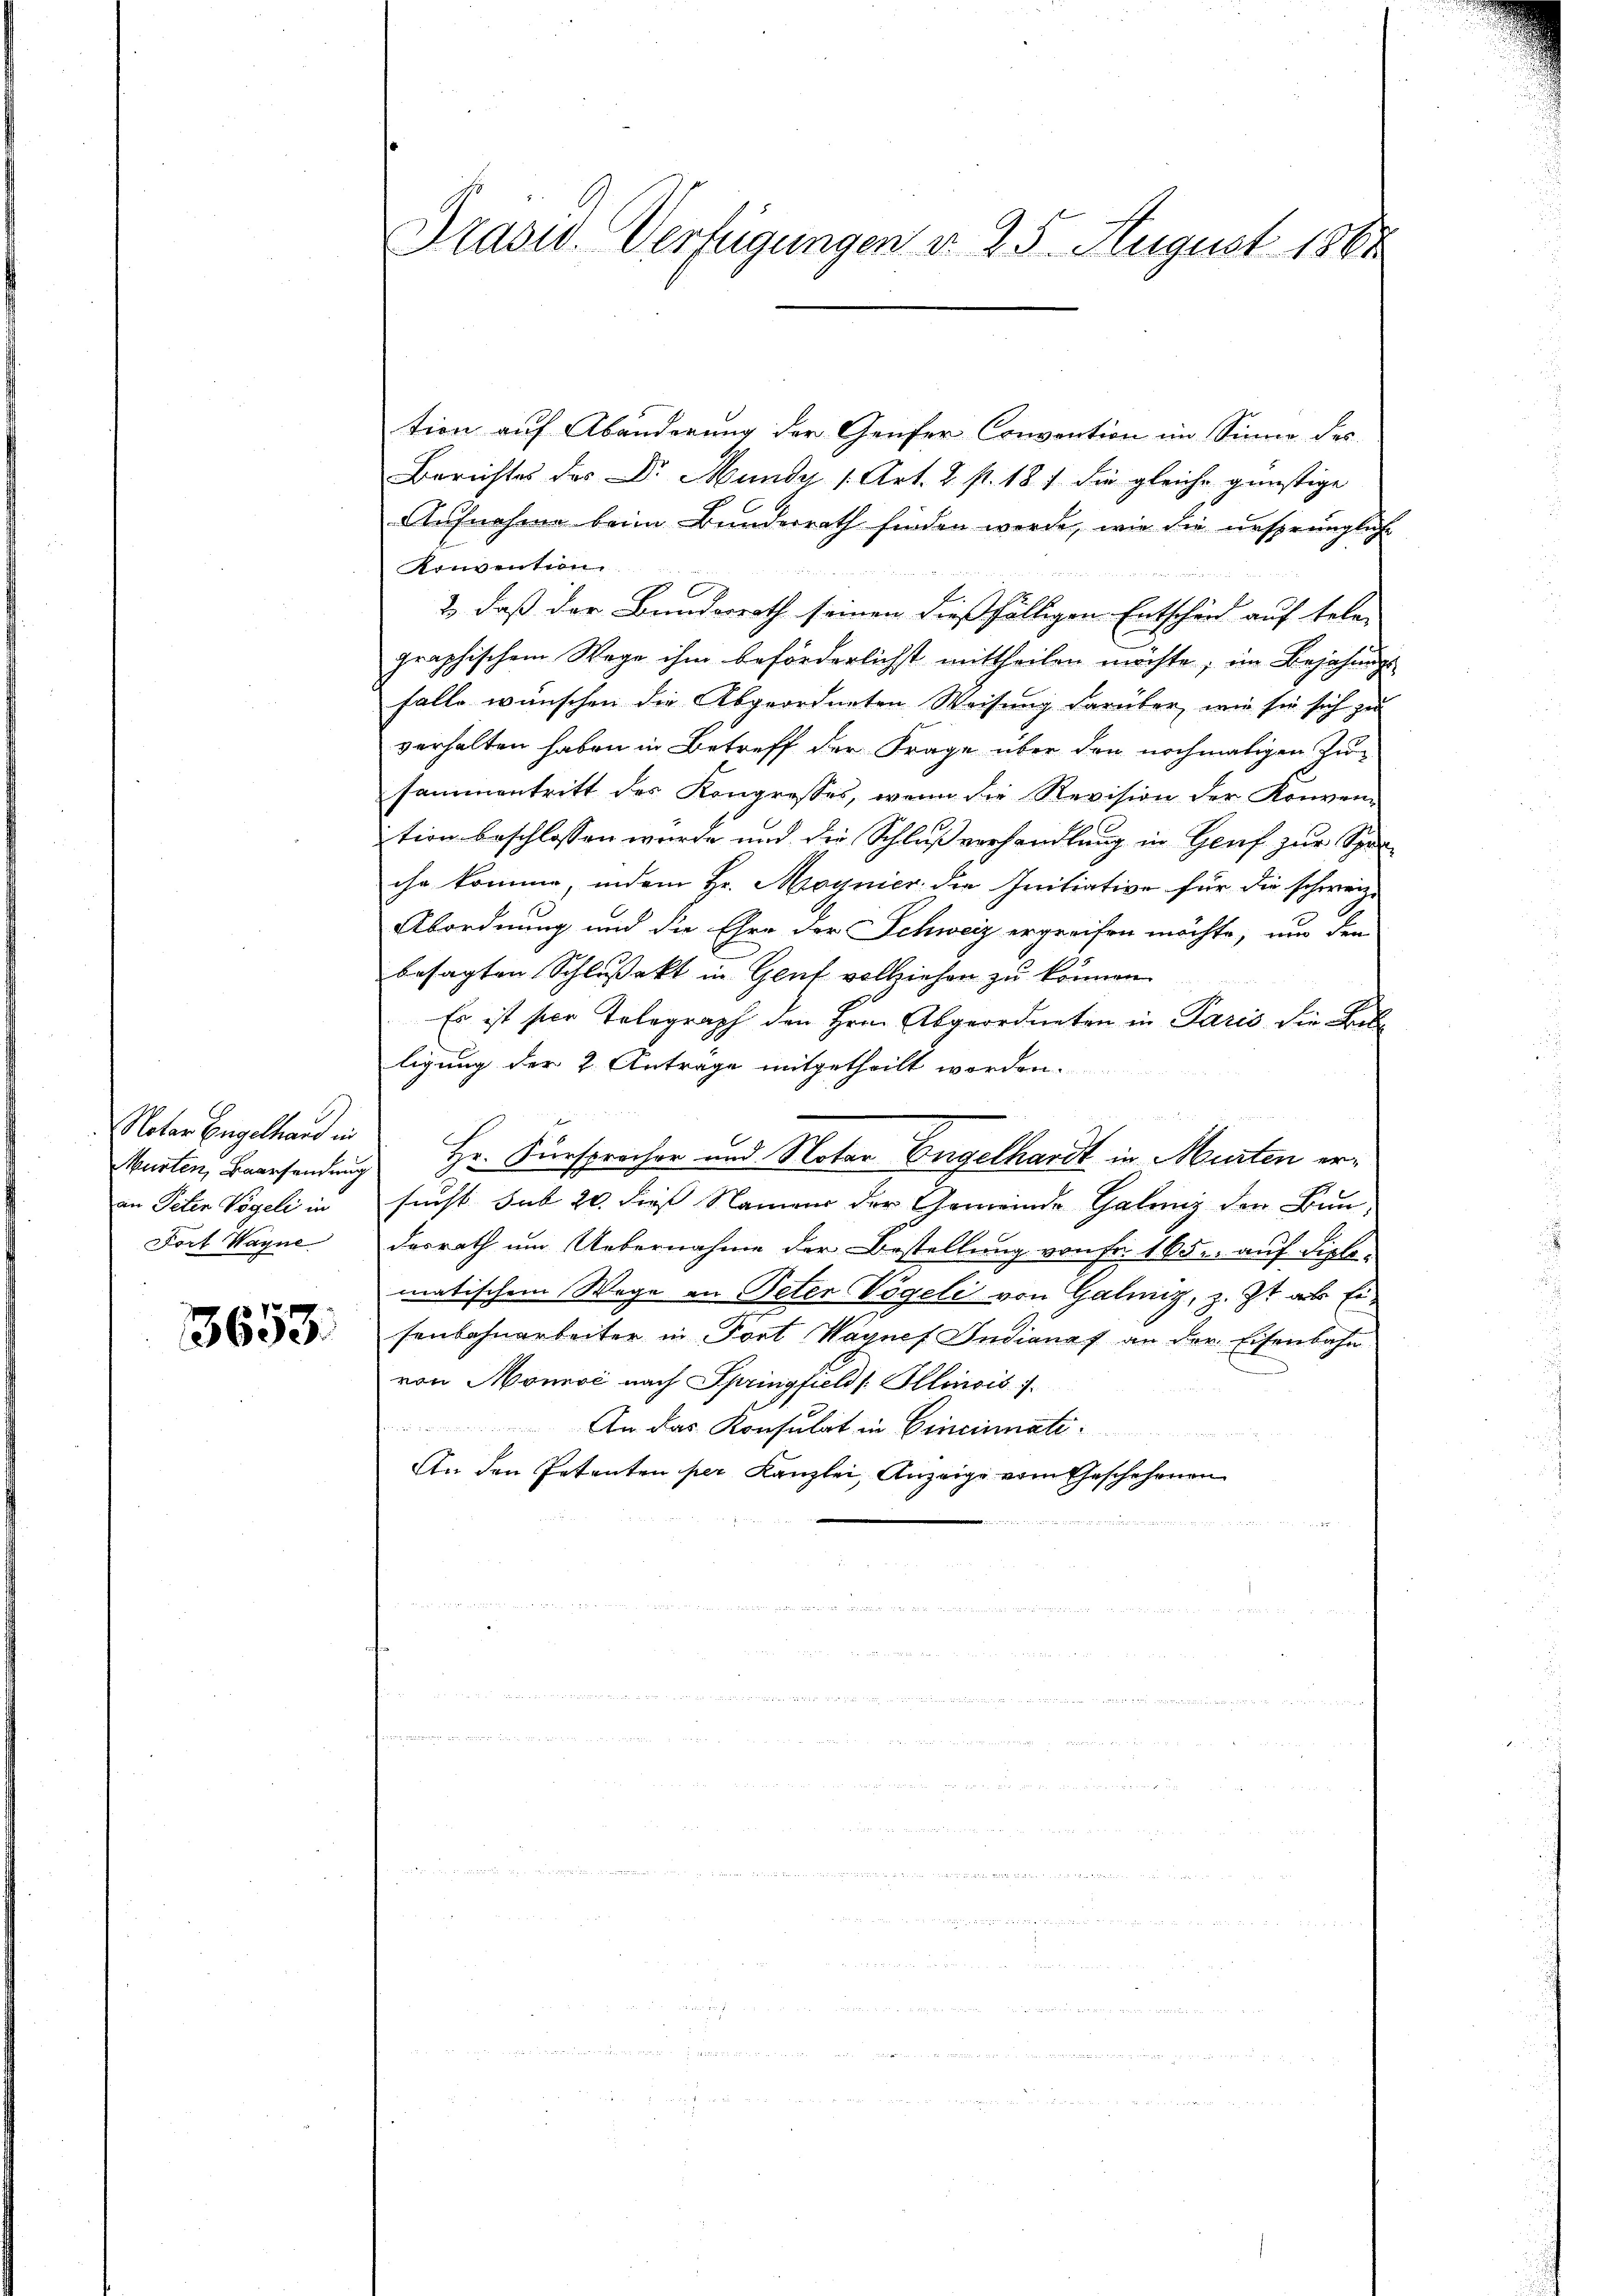
Notar Engelhard in
an Peter Vögeli in
Fort Wagne

3653.

Prasis Verfügungen d. 25. August 1861

tion auf Abänderung der Genfer Convention im Sinne des
Berichtes der Dr. Mundy 1 Art. 2 st. 187 die gleiche günstige
Aufnahme beim Bundesrath finden werde, wie die ursprüngliche
Konvention.
                          den Sachen werde
2., daß der Bundesrath seinen dießfälligen Entschend auf tele-
graphischem Wege ihm beförderlichst mittheilen möchte, im Bejahungs
falle wünschen die Abgeordneten Weisung darüber, wie sie sich zu
verhalten haben in Betreff der Frage über den nochmaligen Zusammentritt des Kongresses, wenn die Revision der Konven-
ition beschlossen wurde und die Schlußverhandlung in Genf zur Spraihr komme, indem Hr. Moynier die Initiative für die schweiz.
Abordnung und die Ehre der Schweiz ergreifen möchte, nur den
besagten Schlußakt in Gent vollziehen zu können.
Es ist hier Telegraph den Hrn. Abgeordneten in Paris die Lebe
ligung der 2. Antrage mitgetheilt worden.
Murten, Baarsendung Hr. Fürsprecher und Notar Engelhardt in Murten ersucht sub 20. dies Namen der Gemeinde Thalung den Bun-
desrath um Uebernahme der Bestellung von Fr. 165. auf diplomatischem Wege an Peter Vögeli von Galmiz, z. Zt. als Eisenbahnarbeiter in Fort Wagnef Indiana an der Eisenbahn
von Monnoć nach Springfield [Allinois

An das Konsulat in Cincinati
An den Petenten per Kanzlei, Anzeige vom Geschehenen
n
n